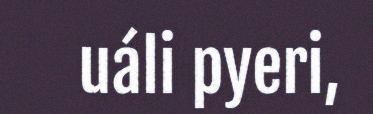
uáli pyeri,